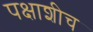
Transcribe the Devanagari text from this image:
पक्षाशीच